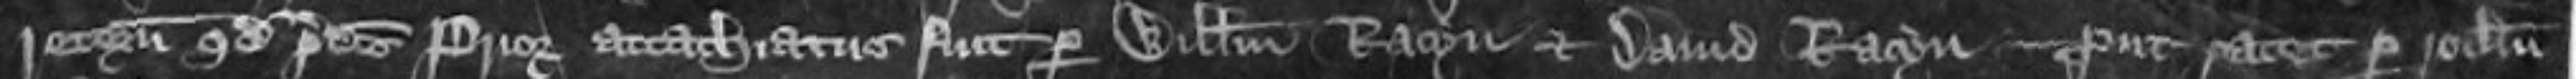
retornavit quod predictus prior attachiatus fuit per Willelmum Racyn et David Racyn prout patet per rotulum